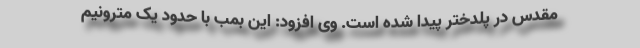
مقدس در پلدختر پیدا شده است. وی افزود: این بمب با حدود یک مترونیم